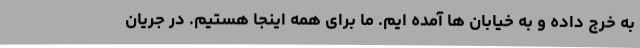
به خرج داده و به خیابان ها آمده ایم. ما برای همه اینجا هستیم. در جریان